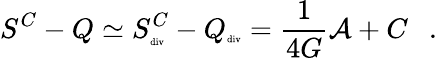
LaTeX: S^{C}-Q\simeq S_{\tiny\mathrm{div}}^{C}-Q_{\tiny\mathrm{div}}={\frac{1}{4G}}{\cal A}+C~~~.